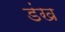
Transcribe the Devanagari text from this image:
डंख